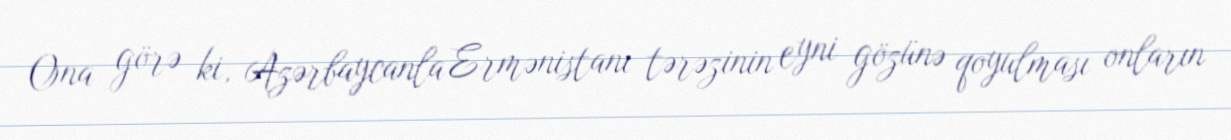
Ona görə ki, Azərbaycanla Ermənistanı tərəzinin eyni gözünə qoyulması onların